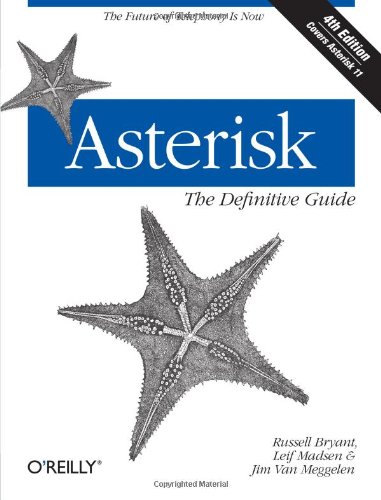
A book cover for Asterisk: The Definitive Guide; Russell Bryant; Computers & Technology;